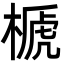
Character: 榹